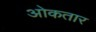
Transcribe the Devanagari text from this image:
ओकतार